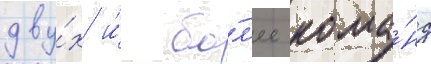
дву́х и́ бо́л'ее кома́нд